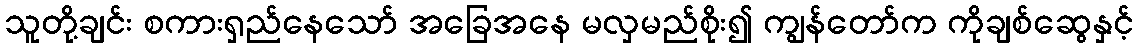
သူတို့ချင်း စကားရှည်နေသော် အခြေအနေ မလှမည်စိုး၍ ကျွန်တော်က ကိုချစ်ဆွေနှင့်